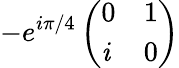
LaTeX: -e^{i\pi/4}\left(\begin{array}{ll}{0}&{1}\\ {\mathit{i}}&{0}\end{array}\right)